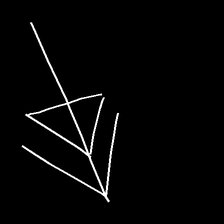
Glyph: pull